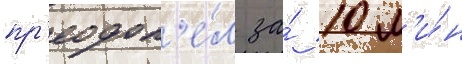
пр'еодол'е́л за́ 10 м'и́н